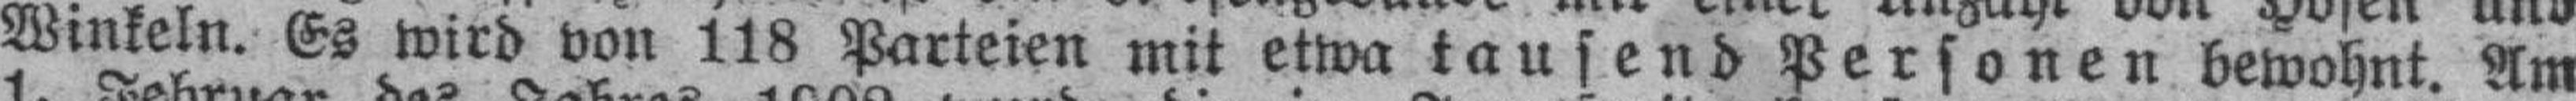
Winkeln. Es wird von 118 Parteien mit etwa tausend Personen bewohnt. Am